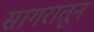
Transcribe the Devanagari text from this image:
सागरातून